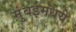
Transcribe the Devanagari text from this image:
मुंबईमधये